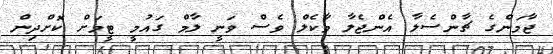
ޖާމަންގެ ޗާންސެލާ އެންޖެލާ މާކެލް ވެސް ވަނީ ލާމް ގައުމީ ޓީމަށް ކޮށްދިން